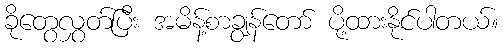
ခိုတွေလွှတ်ပြီး အမိန့်စာချွန်တော် ပို့ထားနိုင်ပါတယ်။